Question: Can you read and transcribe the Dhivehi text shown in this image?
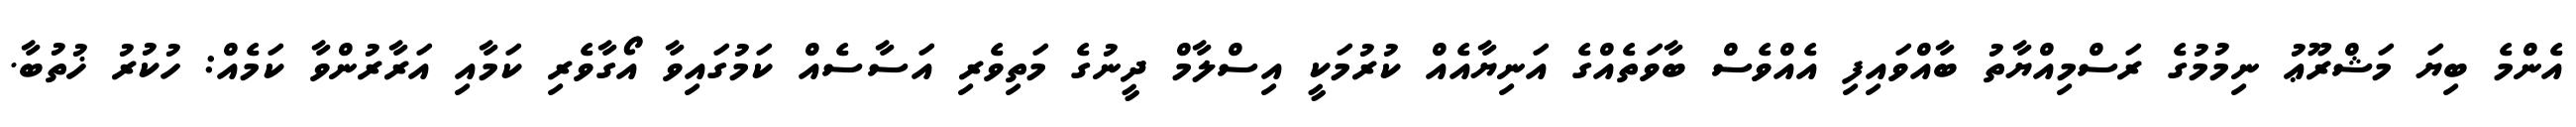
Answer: އެންމެ ބިޔަ މަޝްރޫޢު ނިމުމުގެ ރަސްމިއްޔާތު ބާއްވައިފި އެއްވެސް ބާވަތެއްގެ އަނިޔާއެއް ކުރުމަކީ އިސްލާމް ދީނުގެ މަތިވެރި އަސާސެއް ކަމުގައިވާ އޯގާވެރި ކަމާއި އަރާރުންވާ ކަމެއް: ހުކުރު ޚުތުބާ.